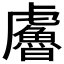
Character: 𧈔